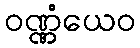
ဝဏ္ဏံယေဝ